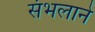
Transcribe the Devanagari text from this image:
संभलाने